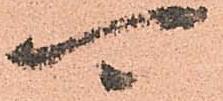
可